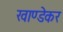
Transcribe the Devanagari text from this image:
खाण्डेकर